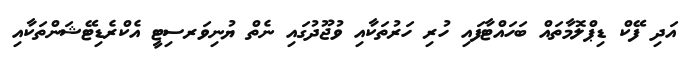
އަދި ފޭކް ޑިޕްލޮމާތައް ބަހައްޓާފައި ހުރި ހަރުތަކާއި ވުޖޫދުގައި ނެތް ޔުނިވަރސިޓީ އެކްރެޑިޓޭޝަންތަކާއި